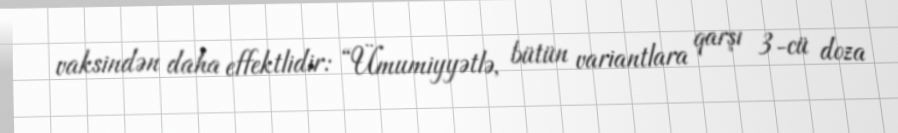
vaksindən daha effektlidir: “Ümumiyyətlə, bütün variantlara qarşı 3-cü doza